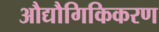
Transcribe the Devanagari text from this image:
औद्यौगिकिकरण